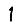
Digit: 1